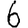
Digit: 6